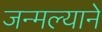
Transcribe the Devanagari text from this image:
जन्मल्याने